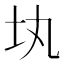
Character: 𡉕